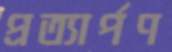
প্রত্যার্পণ